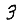
Digit: 3